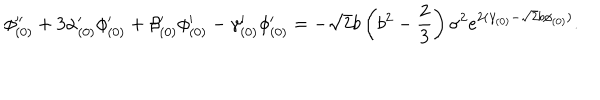
\phi _ { ( 0 ) } ^ { \prime \prime } + 3 \alpha _ { ( 0 ) } ^ { \prime } \phi _ { ( 0 ) } ^ { \prime } + \beta _ { ( 0 ) } ^ { \prime } \phi _ { ( 0 ) } ^ { \prime } - \gamma _ { ( 0 ) } ^ { \prime } \phi _ { ( 0 ) } ^ { \prime } = - \sqrt { 2 } b \left( b ^ { 2 } - \frac { 2 } { 3 } \right) \sigma ^ { 2 } e ^ { 2 ( \gamma _ { ( 0 ) } - \sqrt { 2 } b \phi _ { ( 0 ) } ) } .